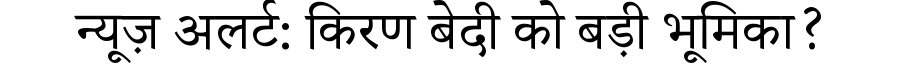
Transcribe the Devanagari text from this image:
न्यूज़ अलर्ट: किरण बेदी को बड़ी भूमिका?